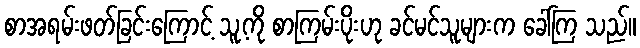
စာအရမ်းဖတ်ခြင်းကြောင့် သူ့ကို စာကြမ်းပိုးဟု ခင်မင်သူများက ခေါ်ကြ သည်။